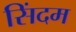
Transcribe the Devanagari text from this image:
सिंदम